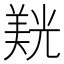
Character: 𮊮